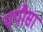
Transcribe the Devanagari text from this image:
पपौसा